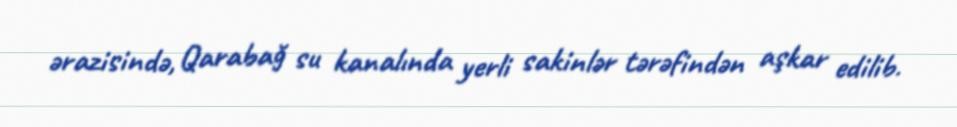
ərazisində, Qarabağ su kanalında yerli sakinlər tərəfindən aşkar edilib.